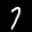
Label: 7